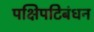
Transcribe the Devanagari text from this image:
पक्षिपटिबंधन